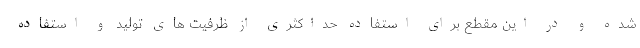
شده و در این مقطع برای استفاده حداکثری از ظرفیت های تولید و استفاده